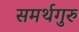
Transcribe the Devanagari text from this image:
समर्थगुरु